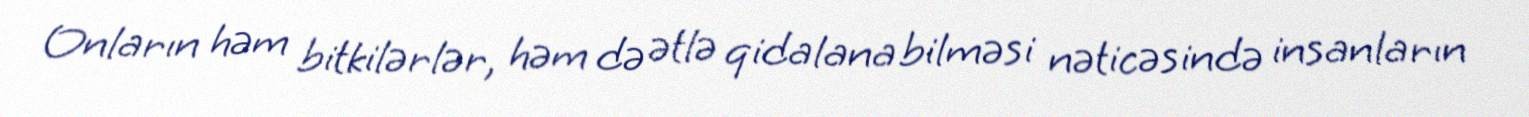
Onların həm bitkilərlər, həm də ətlə qidalana bilməsi nəticəsində insanların